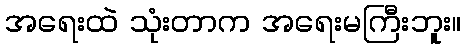
အရေးထဲ သုံးတာက အရေးမကြီးဘူး။